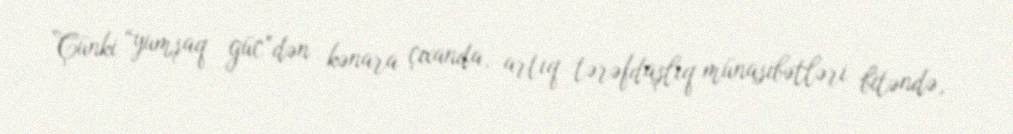
Çünki “yumşaq güc”dən kənara çıxanda, artıq tərəfdaşlıq münasibətləri bitəndə,